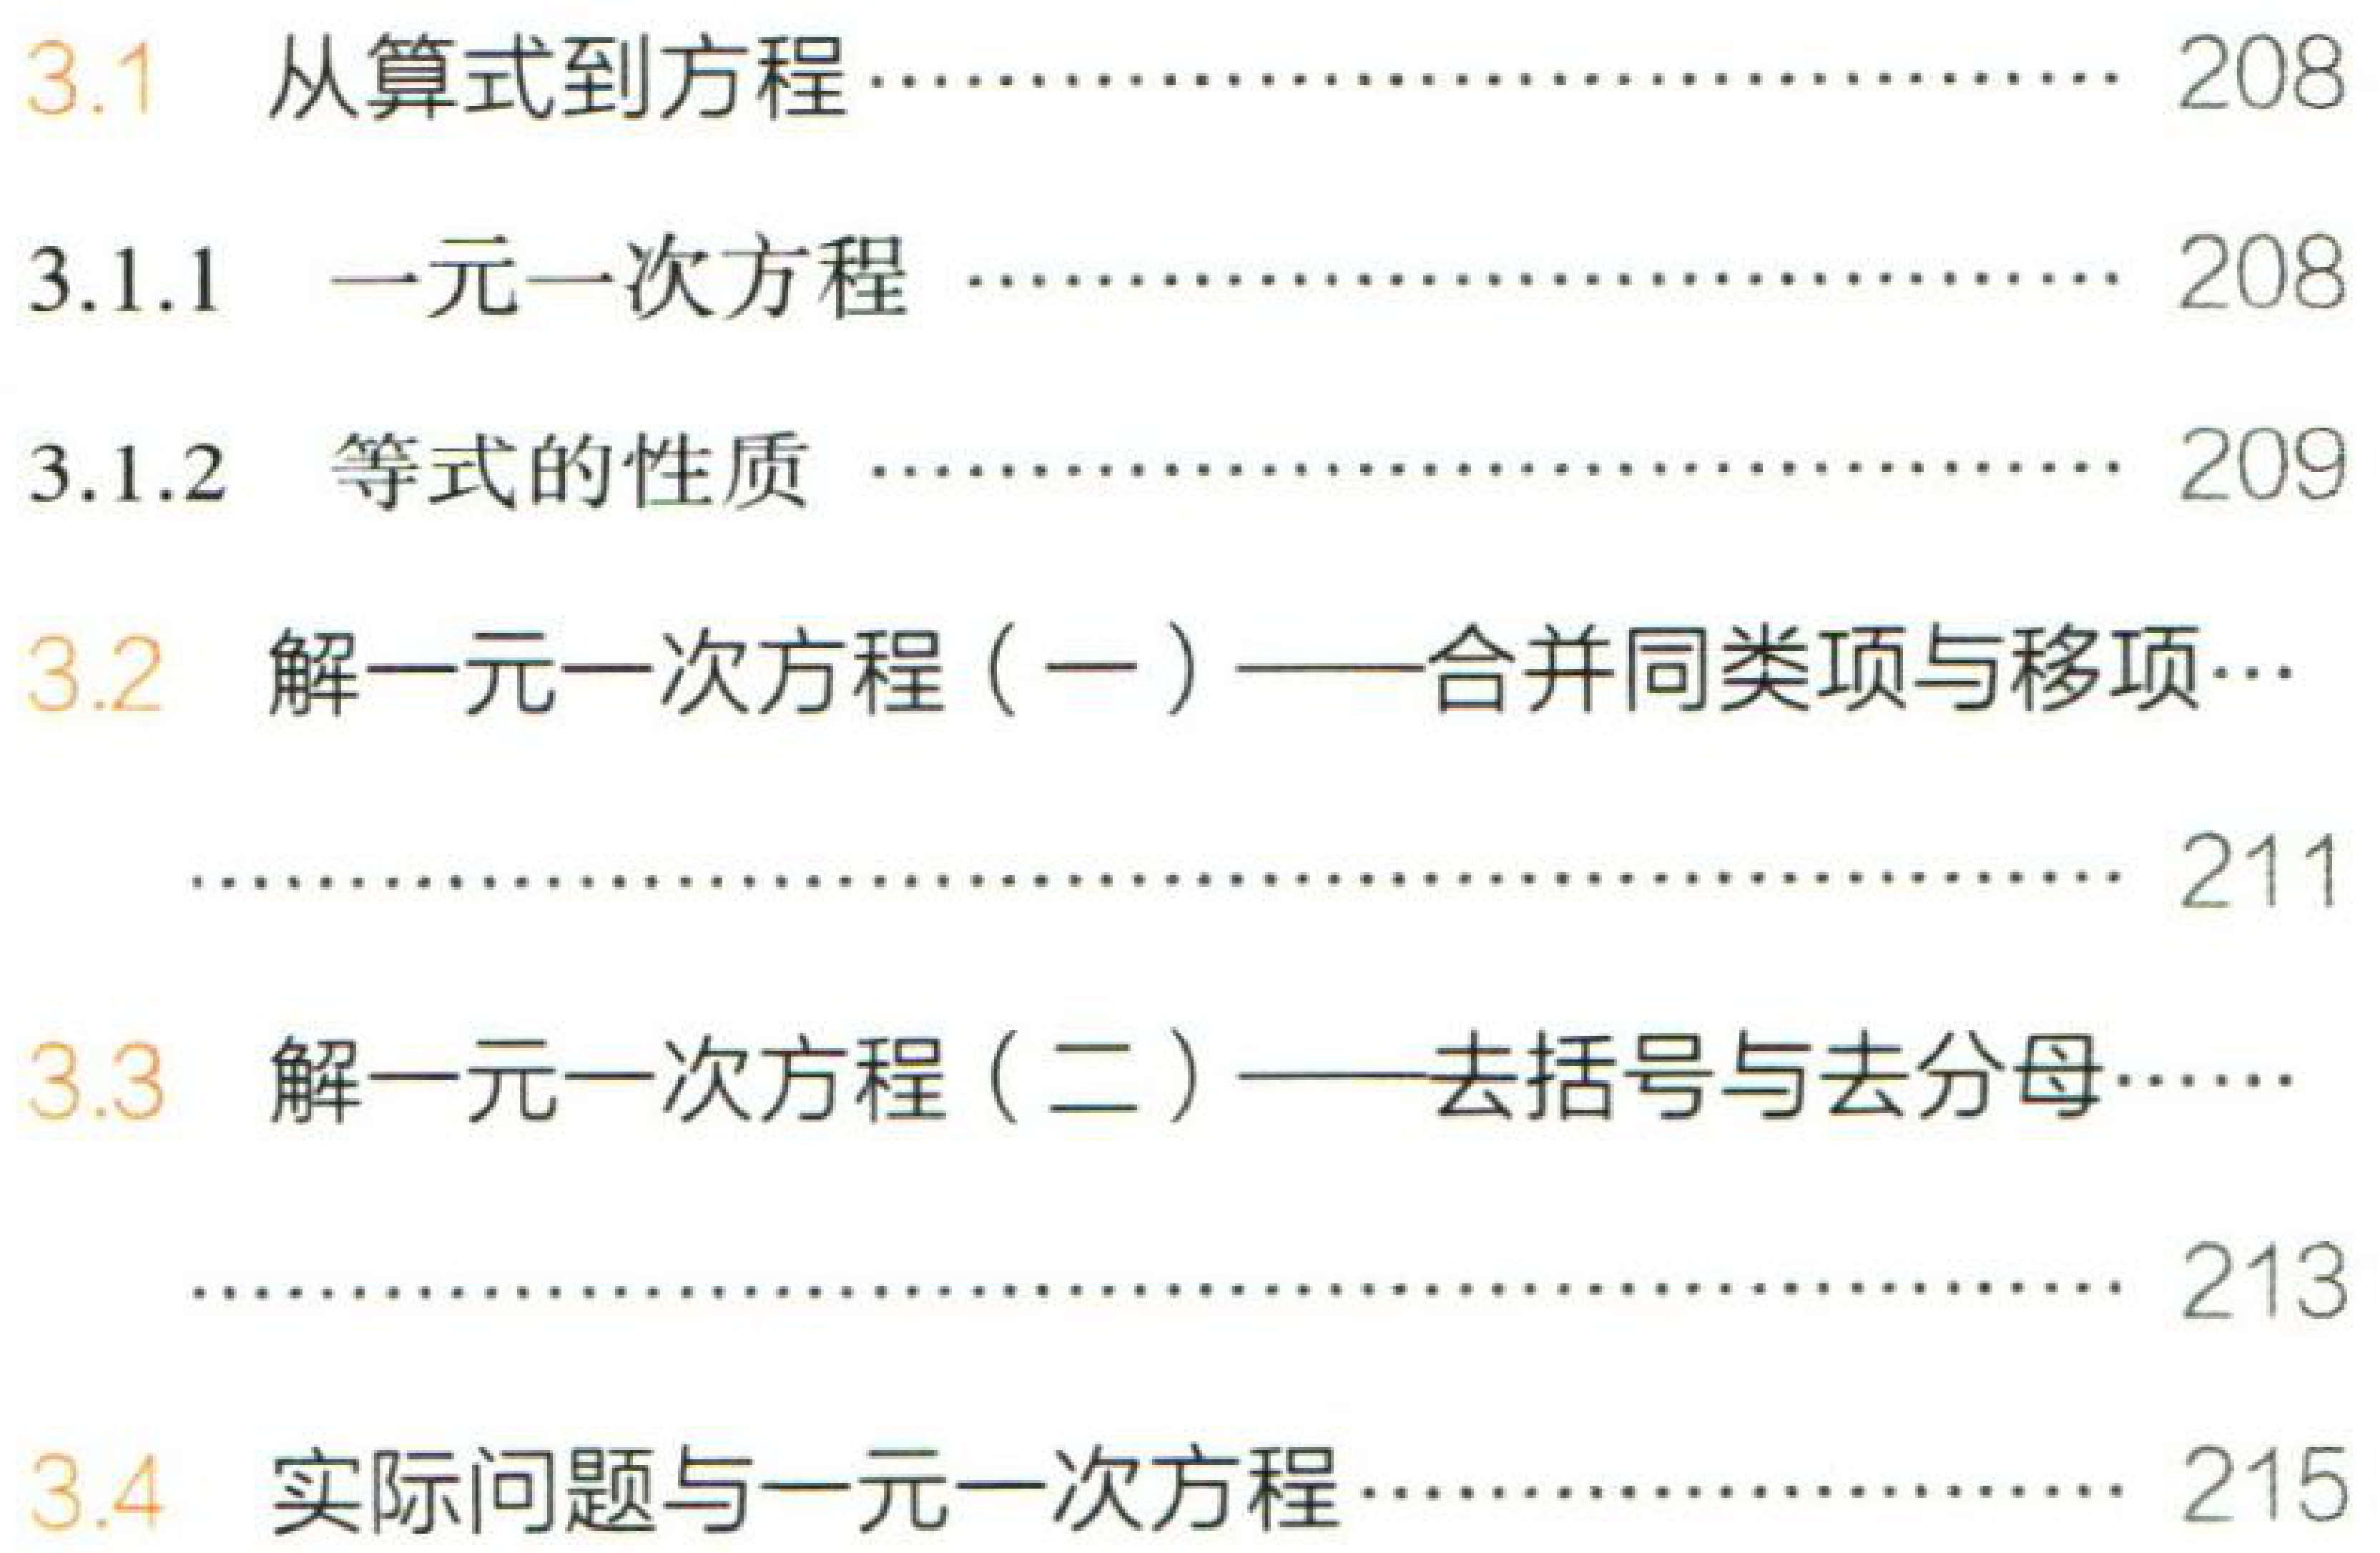
3.1 从算式到方程.............................. 208

3.1.1 一元一次方程 .............................. 208

3.1.2 等式的性质 .............................. 209

3.2 解一元一次方程（一）——合并同类项与移项...

.............................. 211

3.3 解一元一次方程（二）——去括号与去分母......

.............................. 213

3.4 实际问题与一元一次方程 ........................ 215